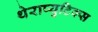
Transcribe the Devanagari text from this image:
थेराप्युटिक्स